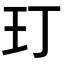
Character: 玎